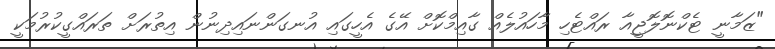
"ޒަމާނީ ޓެކްނޮލޮޖީއާ ރައްޓެހި މާހައުލެއް ގާއިމްކޮށް އޭގެ އެހީގައި އުނގަންނައިދިނުން އިތުރަށް ތަރައްގީކުރުމަކީ